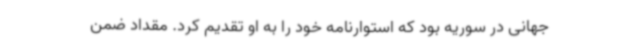
جهانی در سوریه بود که استوارنامه خود را به او تقدیم کرد. مقداد ضمن